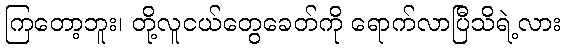
ကြတော့ဘူး၊ တို့လူငယ်တွေခေတ်ကို ရောက်လာပြီသိရဲ့လား